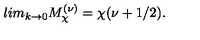
l i m _ { k \rightarrow 0 } M _ { \chi } ^ { ( \nu ) } = \chi ( \nu + 1 / 2 ) .